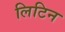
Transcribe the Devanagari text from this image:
लिटिन